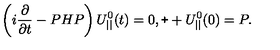
\left( i \frac { \partial } { \partial t } - P H P \right) U _ { | | } ^ { 0 } ( t ) = 0 , \verb + + U _ { | | } ^ { 0 } ( 0 ) = P .